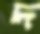
দ